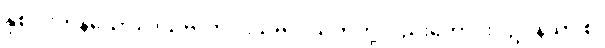
နှစ်ပါးကုန်သော။ ဒသဗလာ၊ ဒသဗလသုတ်တို့လည်းကောင်း။ ဥပနိသာ စ၊